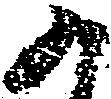
か